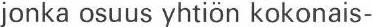
jonka osuus yhtiön kokonais-